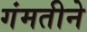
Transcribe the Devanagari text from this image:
गंमतीने